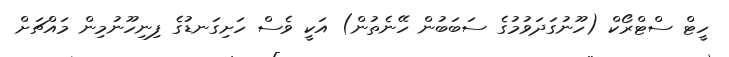
ހީޓް ސްޓްރޯކް (ހޫނުގަދަވުމުގެ ސަބަބުން ހޭނެތުން) އަކީ ވެސް ހަށިގަނޑުގެ ފިނިހޫނުމިން މައްޗަށް